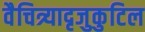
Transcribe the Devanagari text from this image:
वैचित्र्यादृजुकुटिल